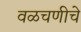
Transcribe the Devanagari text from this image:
वळचणीचे